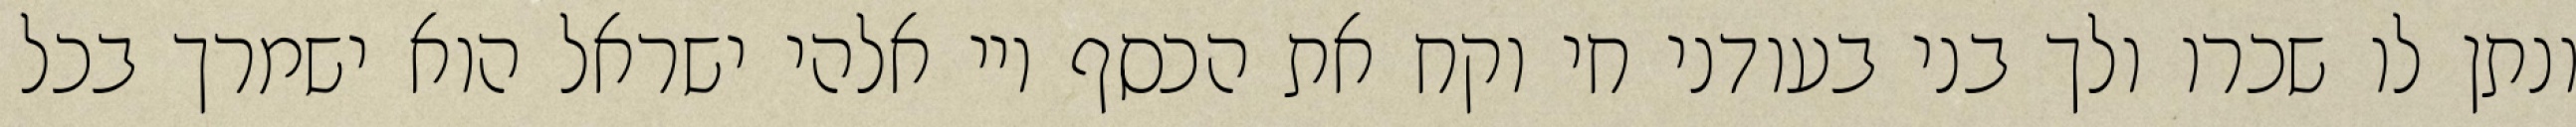
ונתן לו שכרו ולך בני בעודני חי וקח את הכסף ויי אלהי ישראל הוא ישמרך בכל